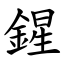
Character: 鍟